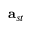
\mathbf { a } _ { s t }